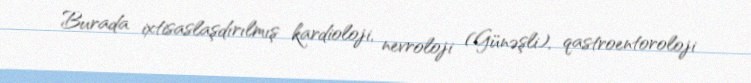
Burada ixtisaslaşdırılmış kardioloji, nevroloji (Günəşli), qastroentoroloji